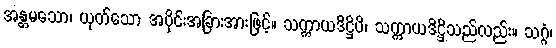
အန္တမသော၊ ယုတ်သော အပိုင်းအခြားအားဖြင့်။ သက္ကာယဒိဋ္ဌိပိ၊ သက္ကာယဒိဋ္ဌိသည်လည်း။ သဂ္ဂံ၊